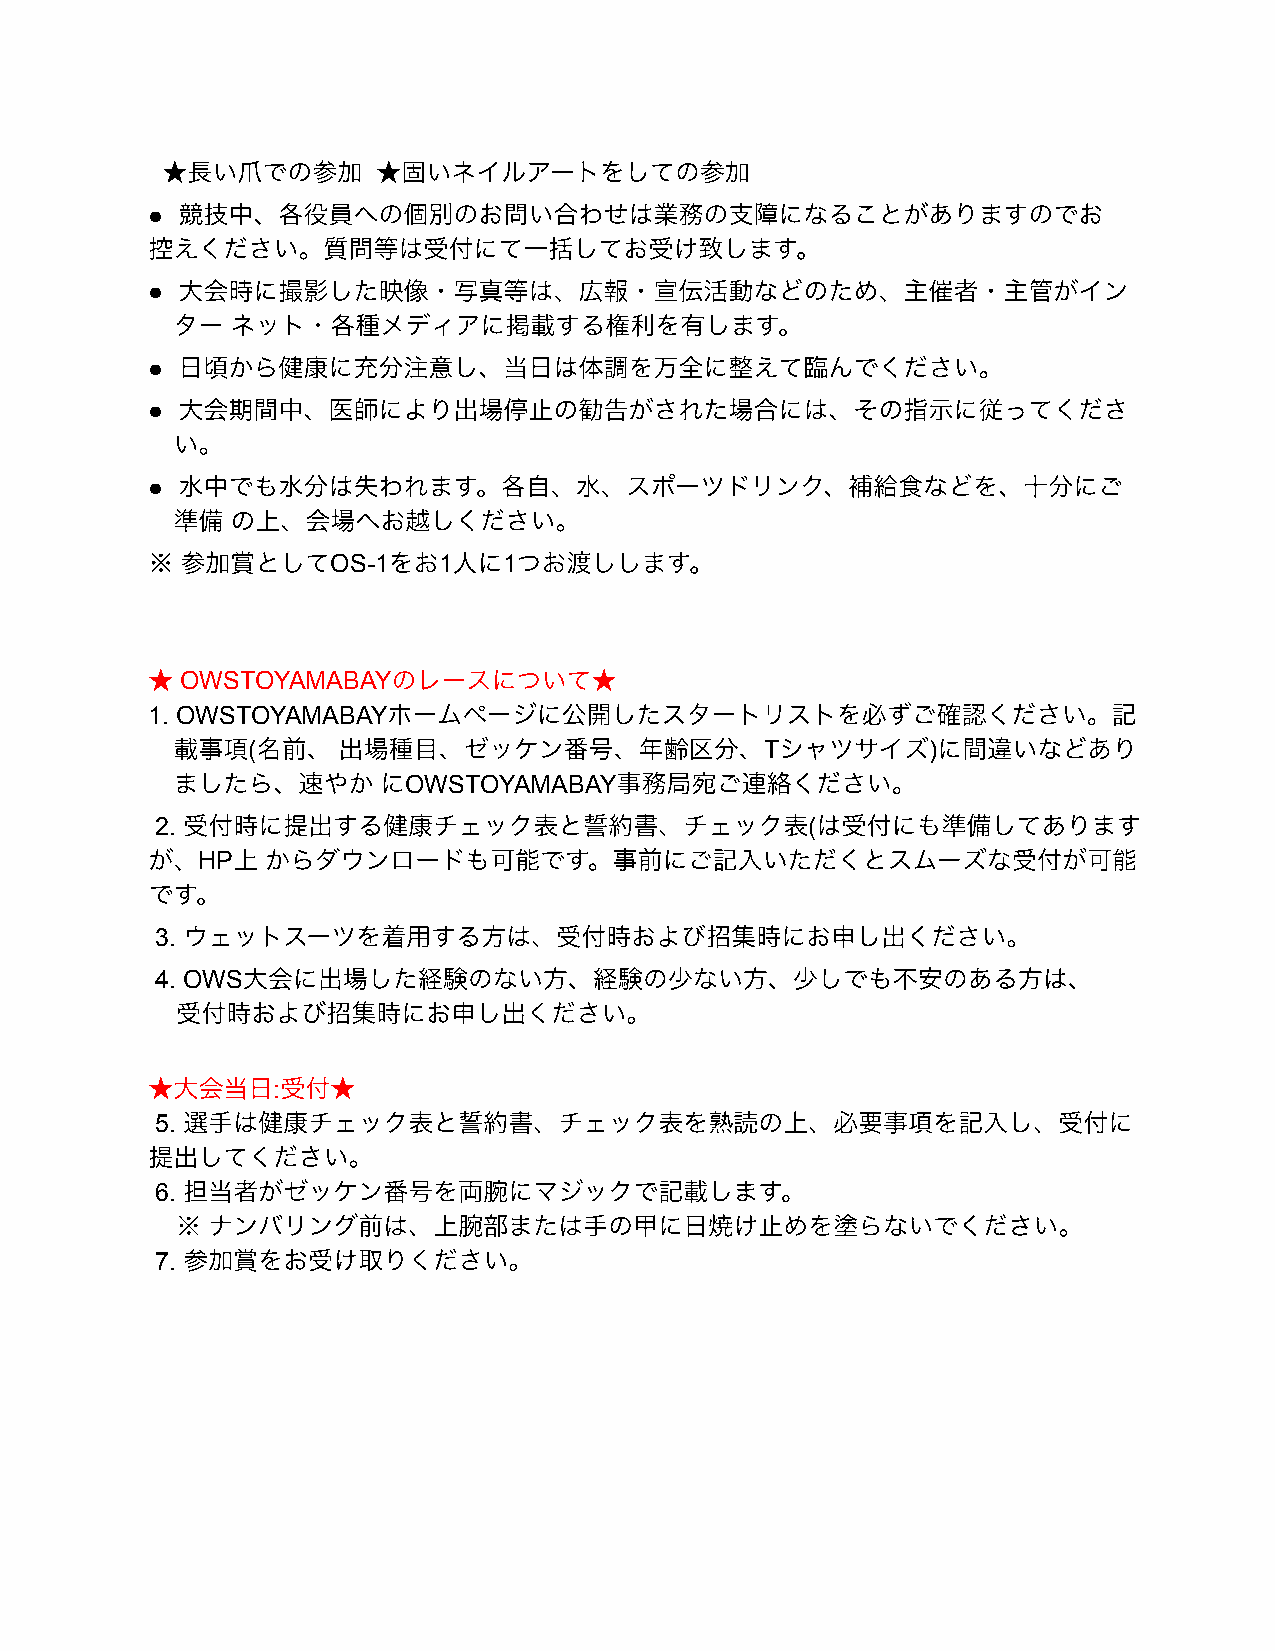
●
 ●
 ●
 ●
 ●
 OS-1   1   1
 OWSTOYAMABAY
 1. OWSTOYAMABAY
 (                                  T          )
 OWSTOYAMABAY
 2.                                          (
 HP
 3.
 4. OWS
 :
 5.
 6.
 7.